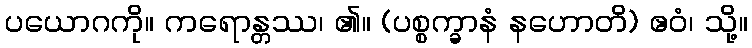
ပယောဂကို။ ကရောန္တဿ၊ ၏။ (ပစ္စက္ခာနံ နဟောတိ) ဧဝံ၊ သို့။